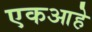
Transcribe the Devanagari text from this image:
एकआहे